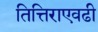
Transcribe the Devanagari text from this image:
तित्तिराएवढी